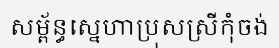
សម្ព័ន្ធស្នេហាប្រុសស្រីកុំចង់